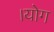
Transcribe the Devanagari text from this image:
।योग